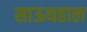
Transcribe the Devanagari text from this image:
साऊथहाल